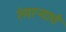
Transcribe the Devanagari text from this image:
रंगाऱ्याचे